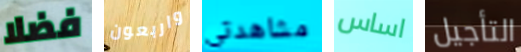
فضلا واربعون مشاهدتي اساس التأجيل